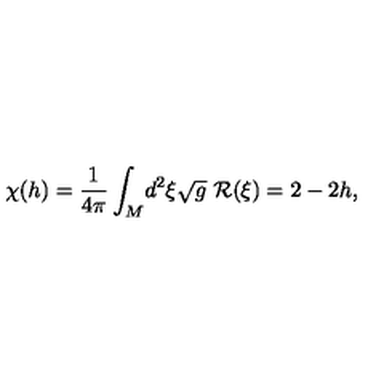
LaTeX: \chi ( h ) = \frac { 1 } { 4 \pi } \int _ { M } \! d ^ { 2 } \xi \sqrt { g } \ { \cal R } ( \xi ) = 2 - 2 h ,